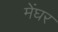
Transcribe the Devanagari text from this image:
मेंघर